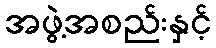
အဖွဲ့အစည်းနှင့်